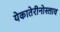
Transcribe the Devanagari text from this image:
येकातेरीनोस्लाव